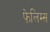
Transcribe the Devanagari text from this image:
फेलिम्स